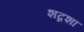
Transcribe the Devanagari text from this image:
शब्दशा